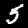
Label: 5